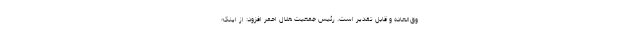
وق‌العاده و قابل تقدیر است. رئیس جمعیت هلال احمر افزود: از اینکه